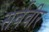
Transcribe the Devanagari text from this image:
सर्ववीर